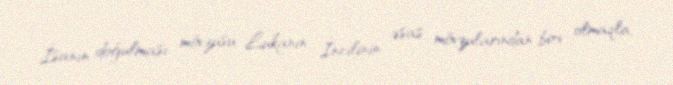
İsanın doğulması mövzusu Lukanın İncilinin əsas mövzularından biri olmaqla,